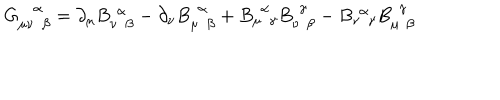
G _ { \mu \nu \phantom { \alpha } \beta } ^ { \phantom { \mu \nu } \alpha } = \partial _ { \mu } B _ { \nu \phantom { \alpha } \beta } ^ { \phantom { \nu } \alpha } - \partial _ { \nu } B _ { \mu \phantom { \alpha } \beta } ^ { \phantom { \mu } \alpha } + B _ { \mu \phantom { \alpha } \gamma } ^ { \phantom { \mu } \alpha } B _ { \nu \phantom { \gamma } \beta } ^ { \phantom { \nu } \gamma } - B _ { \nu \phantom { \alpha } \gamma } ^ { \phantom { \nu } \alpha } B _ { \mu \phantom { \gamma } \beta } ^ { \phantom { \mu } \gamma }